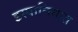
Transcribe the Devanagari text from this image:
इस्पानियात